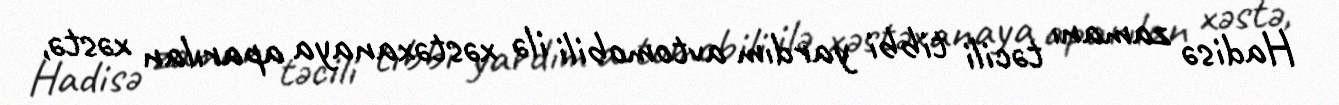
Hadisə zamanı təcili tibbi yardım avtomobili ilə xəstəxanaya aparılan xəstə,